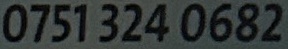
0751 324 0682